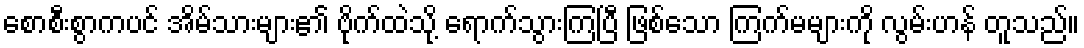
စောစီးစွာကပင် အိမ်သားများ၏ ဗိုက်ထဲသို့ ရောက်သွားကြပြီ ဖြစ်သော ကြက်မများကို လွမ်းဟန် တူသည်။